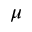
\mu